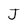
Character: J